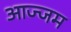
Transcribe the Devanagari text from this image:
आज्जम